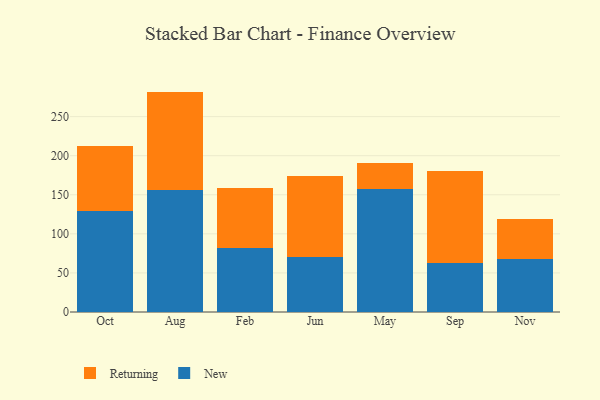
{"axis": {"x": "Month", "y": "Gross Profit (USD K)"}, "legend": ["New", "Returning"], "data": [{"x": "Oct", "y": 129.8, "type": "New"}, {"x": "Oct", "y": 82.1, "type": "Returning"}, {"x": "Aug", "y": 156.1, "type": "New"}, {"x": "Aug", "y": 125.9, "type": "Returning"}, {"x": "Feb", "y": 81.3, "type": "New"}, {"x": "Feb", "y": 78.0, "type": "Returning"}, {"x": "Jun", "y": 71.0, "type": "New"}, {"x": "Jun", "y": 103.2, "type": "Returning"}, {"x": "May", "y": 157.0, "type": "New"}, {"x": "May", "y": 33.5, "type": "Returning"}, {"x": "Sep", "y": 62.2, "type": "New"}, {"x": "Sep", "y": 118.1, "type": "Returning"}, {"x": "Nov", "y": 68.3, "type": "New"}, {"x": "Nov", "y": 50.9, "type": "Returning"}]}